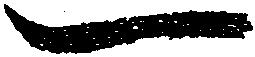
一